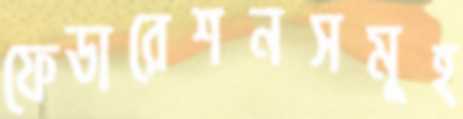
ফেডারেশনসমূহ